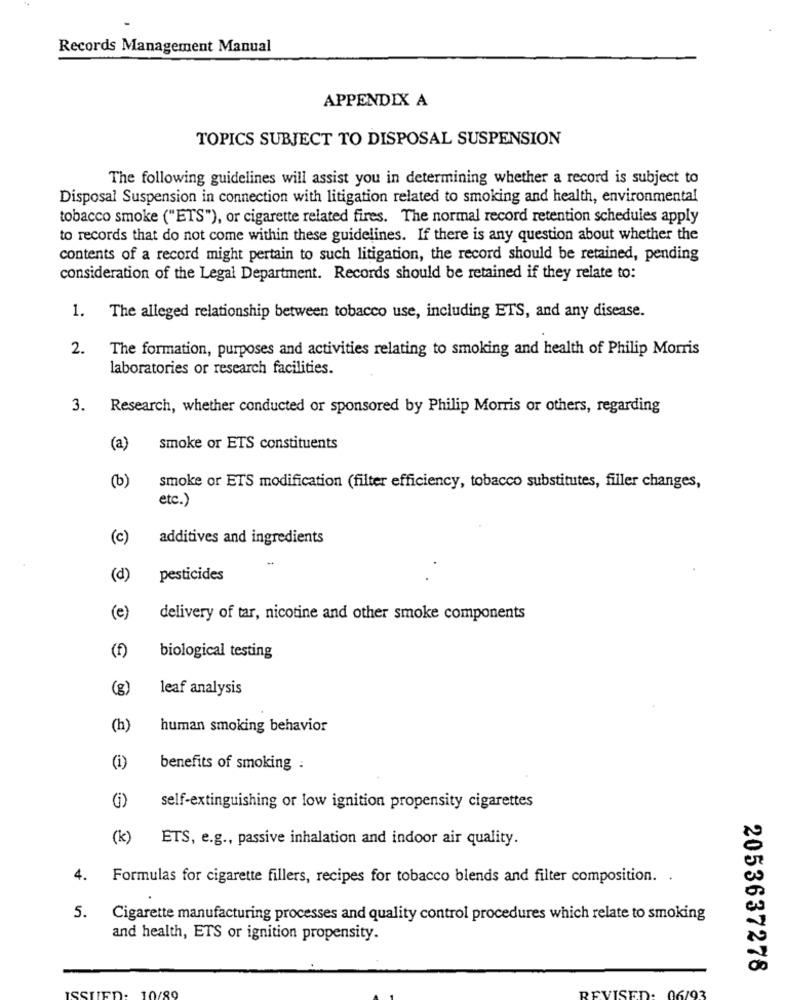
Records Management Manual
APPENDIX A
TOPICS SUBJECT TO DISPOSAL SUSPENSION
The following guidelines will assist you in determining whether a record is subject to
Disposal Suspension in connection with litigation related to smoking and health, environmental
tobacco smoke ("ETS"), or cigarette related fires. The normal record retention schedules apply
to records that do not come within these guidelines. If there is any question about whether the
contents of a record might pertain to such litigation, the record should be retained, pending
consideration of the Legal Department. Records should be retained if they relate to:
1.
The alleged relationship between tobacco use, including ETS, and any disease.
2.
The formation, purposes and activities relating to smoking and health of Philip Morris
laboratories or research facilities.
3. Research, whether conducted or sponsored by Philip Morris or others, regarding
(a)
Smoke or ETS constituents
(b)
smoke or ETS modification (filter efficiency, tobacco substitutes, filler changes,
etc.)
(c)
additives and ingredients
(d)
pesticides
(e)
delivery of tar, nicotine and other smoke components
(f)
biological testing
(g)
leaf analysis
(h)
human smoking behavior
(i)
benefits of smoking :
(i)
self-extinguishing or low ignition propensity cigarettes
(k)
ETS, e.g ., passive inhalation and indoor air quality.
4.
Formulas for cigarette fillers, recipes for tobacco blends and filter composition. .
5.
Cigarette manufacturing processes and quality control procedures which relate to smoking
and health, ETS or ignition propensity.
2053637278
REVISED.
06/93